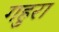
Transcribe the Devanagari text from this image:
गहुरा